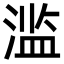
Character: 滥